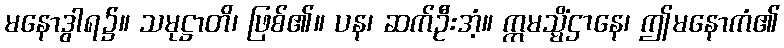
မနောဒွါရ၌။ သမုဋ္ဌာတိ၊ ဖြစ်၏။ ပန၊ ဆက်ဦးအံ့။ ဣမသ္မိံဌာနေ၊ ဤမနောကံ၏